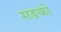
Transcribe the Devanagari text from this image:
सङको